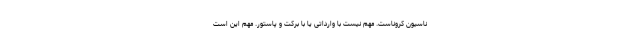
ناسیون کروناست. مهم نیست با وارداتی یا با برکت و پاستور. مهم این است